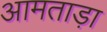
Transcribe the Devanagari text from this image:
आमताड़ा